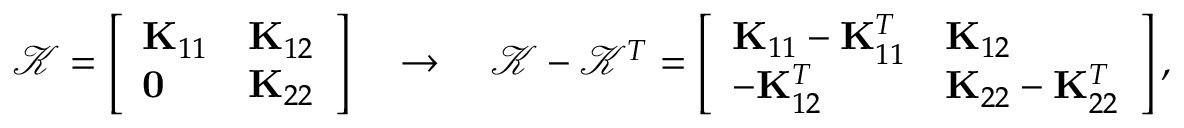
\mathcal { K } = \left[ \begin{array} { l l } { \mathbf { K } _ { 1 1 } } & { \mathbf { K } _ { 1 2 } } \\ { \mathbf { 0 } } & { \mathbf { K } _ { 2 2 } } \end{array} \right] \quad \rightarrow \quad \mathcal { K } - \mathcal { K } ^ { T } = \left[ \begin{array} { l l } { \mathbf { K } _ { 1 1 } - \mathbf { K } _ { 1 1 } ^ { T } } & { \mathbf { K } _ { 1 2 } } \\ { - \mathbf { K } _ { 1 2 } ^ { T } } & { \mathbf { K } _ { 2 2 } - \mathbf { K } _ { 2 2 } ^ { T } } \end{array} \right] ,